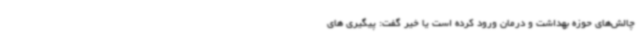
چالش‌های حوزه بهداشت و درمان ورود کرده است یا خیر گفت: پیگیری های